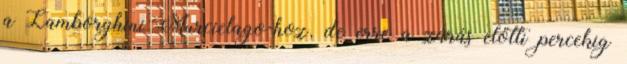
a Lamborghini Murcielago-hoz, de erre a zárás előtti percekig